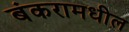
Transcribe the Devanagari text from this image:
बंकरामधील